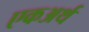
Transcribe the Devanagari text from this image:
एकअर्थ